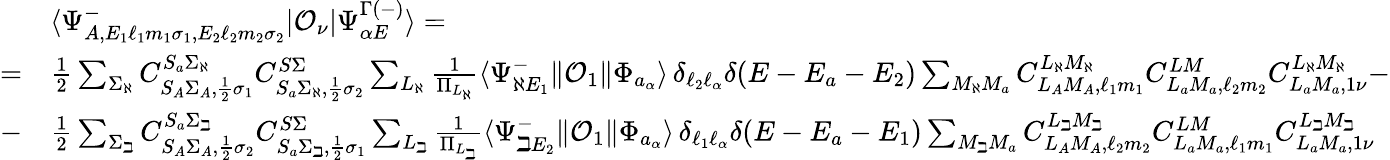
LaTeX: \begin{array}{rl}&{\langle\Psi_{A,E_{1}\ell_{1}m_{1}\sigma_{1},E_{2}\ell_{2}m_{2}\sigma_{2}}^{-}|\mathcal{O}_{\nu}|\Psi_{\alpha E}^{\Gamma(-)}\rangle=}\\ {=}&{\frac{1}{2}\sum_{\Sigma_{\aleph}}C_{S_{A}\Sigma_{A},\frac{1}{2}\sigma_{1}}^{S_{a}\Sigma_{\aleph}}C_{S_{a}\Sigma_{\aleph},\frac{1}{2}\sigma_{2}}^{S\Sigma}\sum_{L_{\aleph}}\frac{1}{\Pi_{L_{\aleph}}}\langle\Psi_{\aleph E_{1}}^{-}\| \mathcal{O}_{1}\| \Phi_{a_{\alpha}}\rangle\, \delta_{\ell_{2}\ell_{\alpha}}\delta(E-E_{a}-E_{2})\sum_{M_{\aleph}M_{a}}C_{L_{A}M_{A},\ell_{1}m_{1}}^{L_{\aleph}M_{\aleph}}C_{L_{a}M_{a},\ell_{2}m_{2}}^{LM}C_{L_{a}M_{a},1\nu}^{L_{\aleph}M_{\aleph}}-}\\ {-}&{\frac{1}{2}\sum_{\Sigma_{\beth}}C_{S_{A}\Sigma_{A},\frac{1}{2}\sigma_{2}}^{S_{a}\Sigma_{\beth}}C_{S_{a}\Sigma_{\beth},\frac{1}{2}\sigma_{1}}^{S\Sigma}\sum_{L_{\beth}}\frac{1}{\Pi_{L_{\beth}}}\langle\Psi_{\beth E_{2}}^{-}\| \mathcal{O}_{1}\| \Phi_{a_{\alpha}}\rangle\, \delta_{\ell_{1}\ell_{\alpha}}\delta(E-E_{a}-E_{1})\sum_{M_{\beth}M_{a}}C_{L_{A}M_{A},\ell_{2}m_{2}}^{L_{\beth}M_{\beth}}C_{L_{a}M_{a},\ell_{1}m_{1}}^{LM}C_{L_{a}M_{a},1\nu}^{L_{\beth}M_{\beth}}}\end{array}